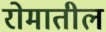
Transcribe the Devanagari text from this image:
रोमातील